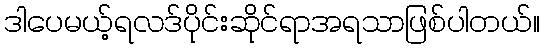
ဒါပေမယ့်ရလဒ်ပိုင်းဆိုင်ရာအရသာဖြစ်ပါတယ်။